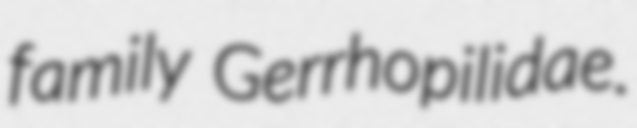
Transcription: family Gerrhopilidae.